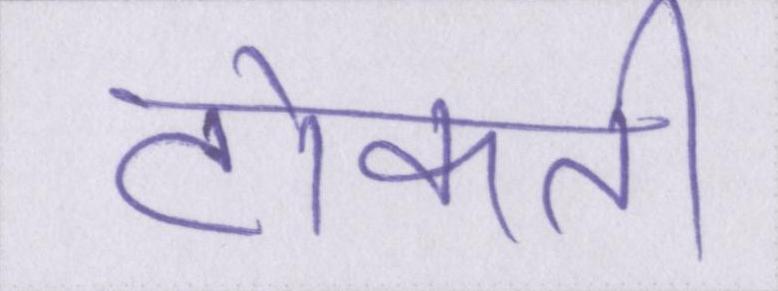
टोकती